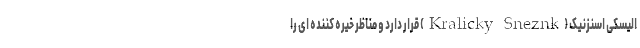
الیسکی اسنزنیک (Kralicky Sneznk) قرار دارد و مناظر خیره کننده ای را